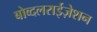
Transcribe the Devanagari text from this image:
बोव्दलराईज़ेशन